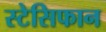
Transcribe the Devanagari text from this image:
स्टेसिफान